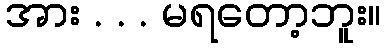
အား . . . မရတော့ဘူး။